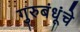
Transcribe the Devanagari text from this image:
गुरुबंधूंचे